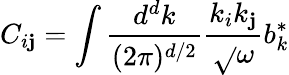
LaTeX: C_{i\mathbf{j}}=\int\frac{{d^{d}k}}{{(2\pi)^{d/2}}}\frac{{k_{i}k_{\mathbf{j}}}}{{\sqrt{}{{\omega}}}}b_{k}^{*}